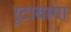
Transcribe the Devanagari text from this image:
रूटाबागा